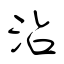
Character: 沾